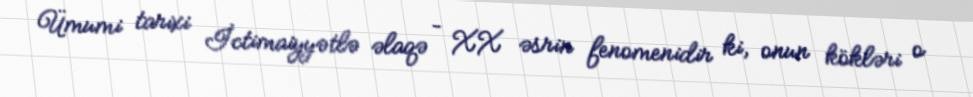
Ümumi tarixi İctimaiyyətlə əlaqə – XX əsrin fenomenidir ki, onun kökləri o